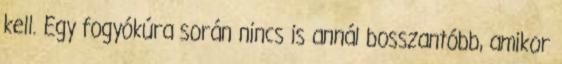
kell. Egy fogyókúra során nincs is annál bosszantóbb, amikor